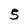
Character: 5